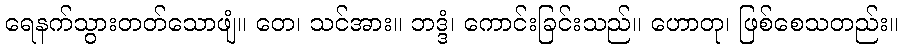
ရေနက်သွားတတ်သောဖျံ။ တေ၊ သင်အား။ ဘဒ္ဒံ၊ ကောင်းခြင်းသည်။ ဟောတု၊ ဖြစ်စေသတည်း။